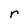
Character: r